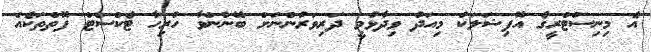
އެ މިނިސްޓްރީގެ އޮފިޝަލަކު މިއަދު ވިދާޅުވީ ދަރިވަރުންނަށް ބޭނުންވާ ހުރިހާ ޓެކްސްޓް ފޮތްތަކެއް